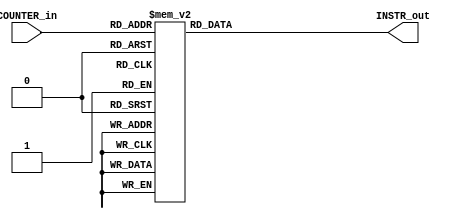
module Computer_ControlUnit_InstructionMemory(
	output reg [WORD_WIDTH-1:0] INSTR_out,
	input [COUNTER_WIDTH-1:0] COUNTER_in
	);

parameter WORD_WIDTH = 16;
parameter DR_WIDTH = 3;
parameter SB_WIDTH = DR_WIDTH;
parameter SA_WIDTH = DR_WIDTH;
parameter OPCODE_WIDTH = 7;
parameter CNTRL_WIDTH = DR_WIDTH+SB_WIDTH+SA_WIDTH+11;
parameter COUNTER_WIDTH = 4;

always@(COUNTER_in)
	begin
		case(COUNTER_in)
			//16'h0000: INSTR_out = 16'b000_0000_000_000_000; //
			16'h0000: INSTR_out = 16'b100_1100_000_000_011; // LDI  R0 <- 3
			16'h0001: INSTR_out = 16'b100_1100_001_000_111; // LDI  R1 <- 7
			16'h0002: INSTR_out = 16'b000_0000_010_000_XXX; // MOVA R2 <- R0
			16'h0003: INSTR_out = 16'b000_1100_011_XXX_001; // MOVB R3 <- R1
			16'h0004: INSTR_out = 16'b000_0010_100_000_001; // ADD  R4 <- R0;R1
			16'h0005: INSTR_out = 16'b000_0101_101_011_100; // SUB  R5 <- R3;R4
			16'h0006: INSTR_out = 16'b110_0000_000_101_011; // BRZ  R5;3
			16'h0007: INSTR_out = 16'b110_0001_000_101_011; // BRN  R5;3
			16'h000A: INSTR_out = 16'b111_0000_110_000_001; // JMP  R0;
			default: INSTR_out = 16'b0;
		endcase
	end


endmodule